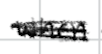
Text: when
Cross-out: scratch
Writing tool: digital_black